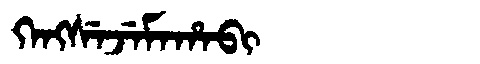
Manchu: ᡴᡝᠩᠰᡝᠵᡝᠮᠠᡥᠠᠪᡳ
Romanization: KENGSEJEMAHABI